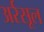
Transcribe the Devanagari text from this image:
अर्रसूल